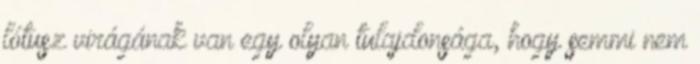
lótusz virágának van egy olyan tulajdonsága, hogy semmi nem